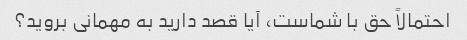
احتمالاً حق با شماست، آیا قصد دارید به مهمانی بروید؟